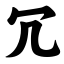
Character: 冗